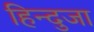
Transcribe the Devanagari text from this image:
हिन्दुजा